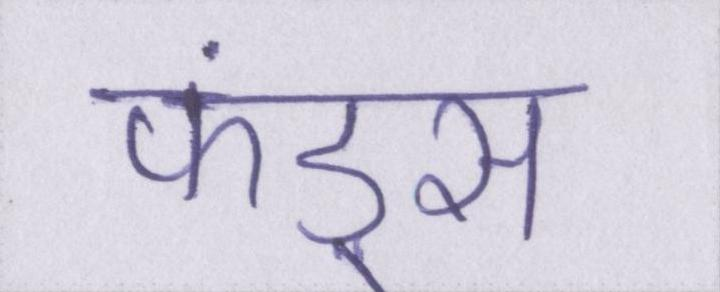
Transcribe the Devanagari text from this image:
फंड्स